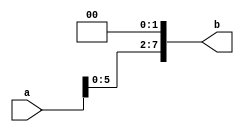
`timescale 1ns/1ns
module shift_left_8(input [7:0]a, output [7:0]b);
  
  supply1 Vdd;
  supply0 Gnd;
  
  or or1(b[7],Gnd,a[5]);
  or or2(b[6],Gnd,a[4]);
  or or3(b[5],Gnd,a[3]);
  or or4(b[4],Gnd,a[2]);
  or or5(b[3],Gnd,a[1]);
  or or6(b[2],Gnd,a[0]);
  not not1(b[1],Vdd);
  not not2(b[0],Vdd);
  
endmodule